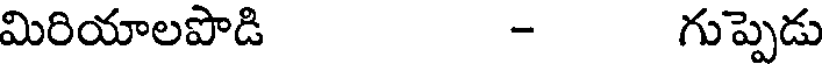
మిరియాలపొడి - గుప్పెడు